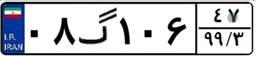
۰۸گ۱۰۶۴۷